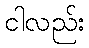
ငါလည်း